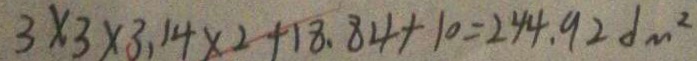
3 \times 3 \times 3 . 1 4 \times 2 + 1 8 . 8 4 + 1 0 = 2 4 4 . 9 2 d m ^ { 2 }